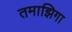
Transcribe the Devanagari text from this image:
तमाझिगा